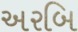
અરબિ